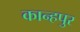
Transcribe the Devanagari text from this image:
कान्हपुर